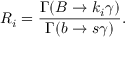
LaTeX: R _ { i } = { \frac { \Gamma ( B \to k _ { i } \gamma ) } { \Gamma ( b \to s \gamma ) } } .